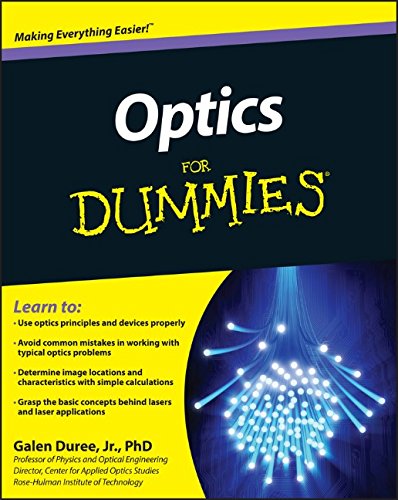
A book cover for Optics For Dummies; Galen C. Duree Jr.; Science & Math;